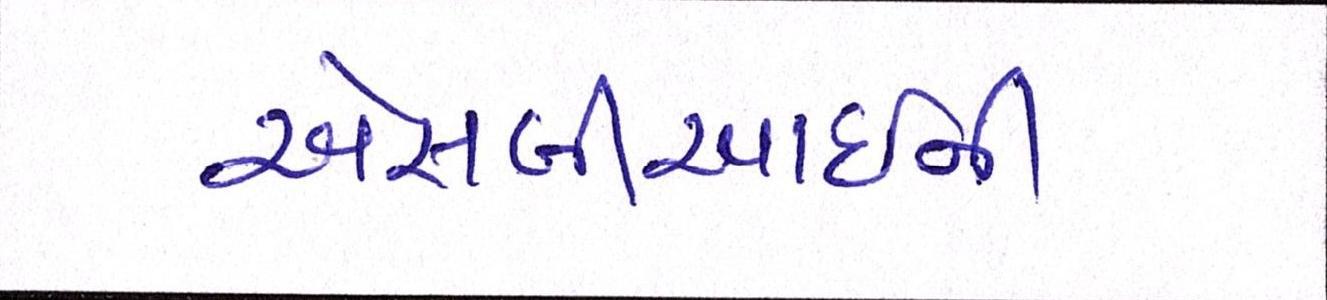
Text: એસબીઆઈની